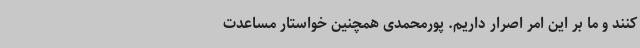
کنند و ما بر این امر اصرار داریم. پورمحمدی همچنین خواستار مساعدت